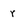
Character: r